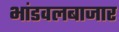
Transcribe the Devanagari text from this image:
भांडवलबाजार